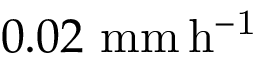
0 . 0 2 \ \mathrm { m m \, h ^ { - 1 } }